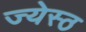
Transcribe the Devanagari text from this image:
ज्येस्ठ